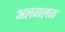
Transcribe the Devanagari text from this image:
अलगलग